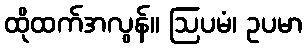
ထိုထက်အလွန်။ ဩပမံ၊ ဥပမာ